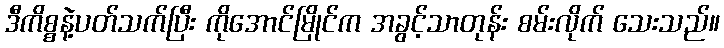
ဒီကိစ္စနဲ့ပတ်သက်ပြီး ကိုအောင်မြိုင်က အခွင့်သာတုန်း စမ်းလိုက် သေးသည်။